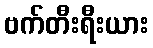
ဗက်တီးရီးယား